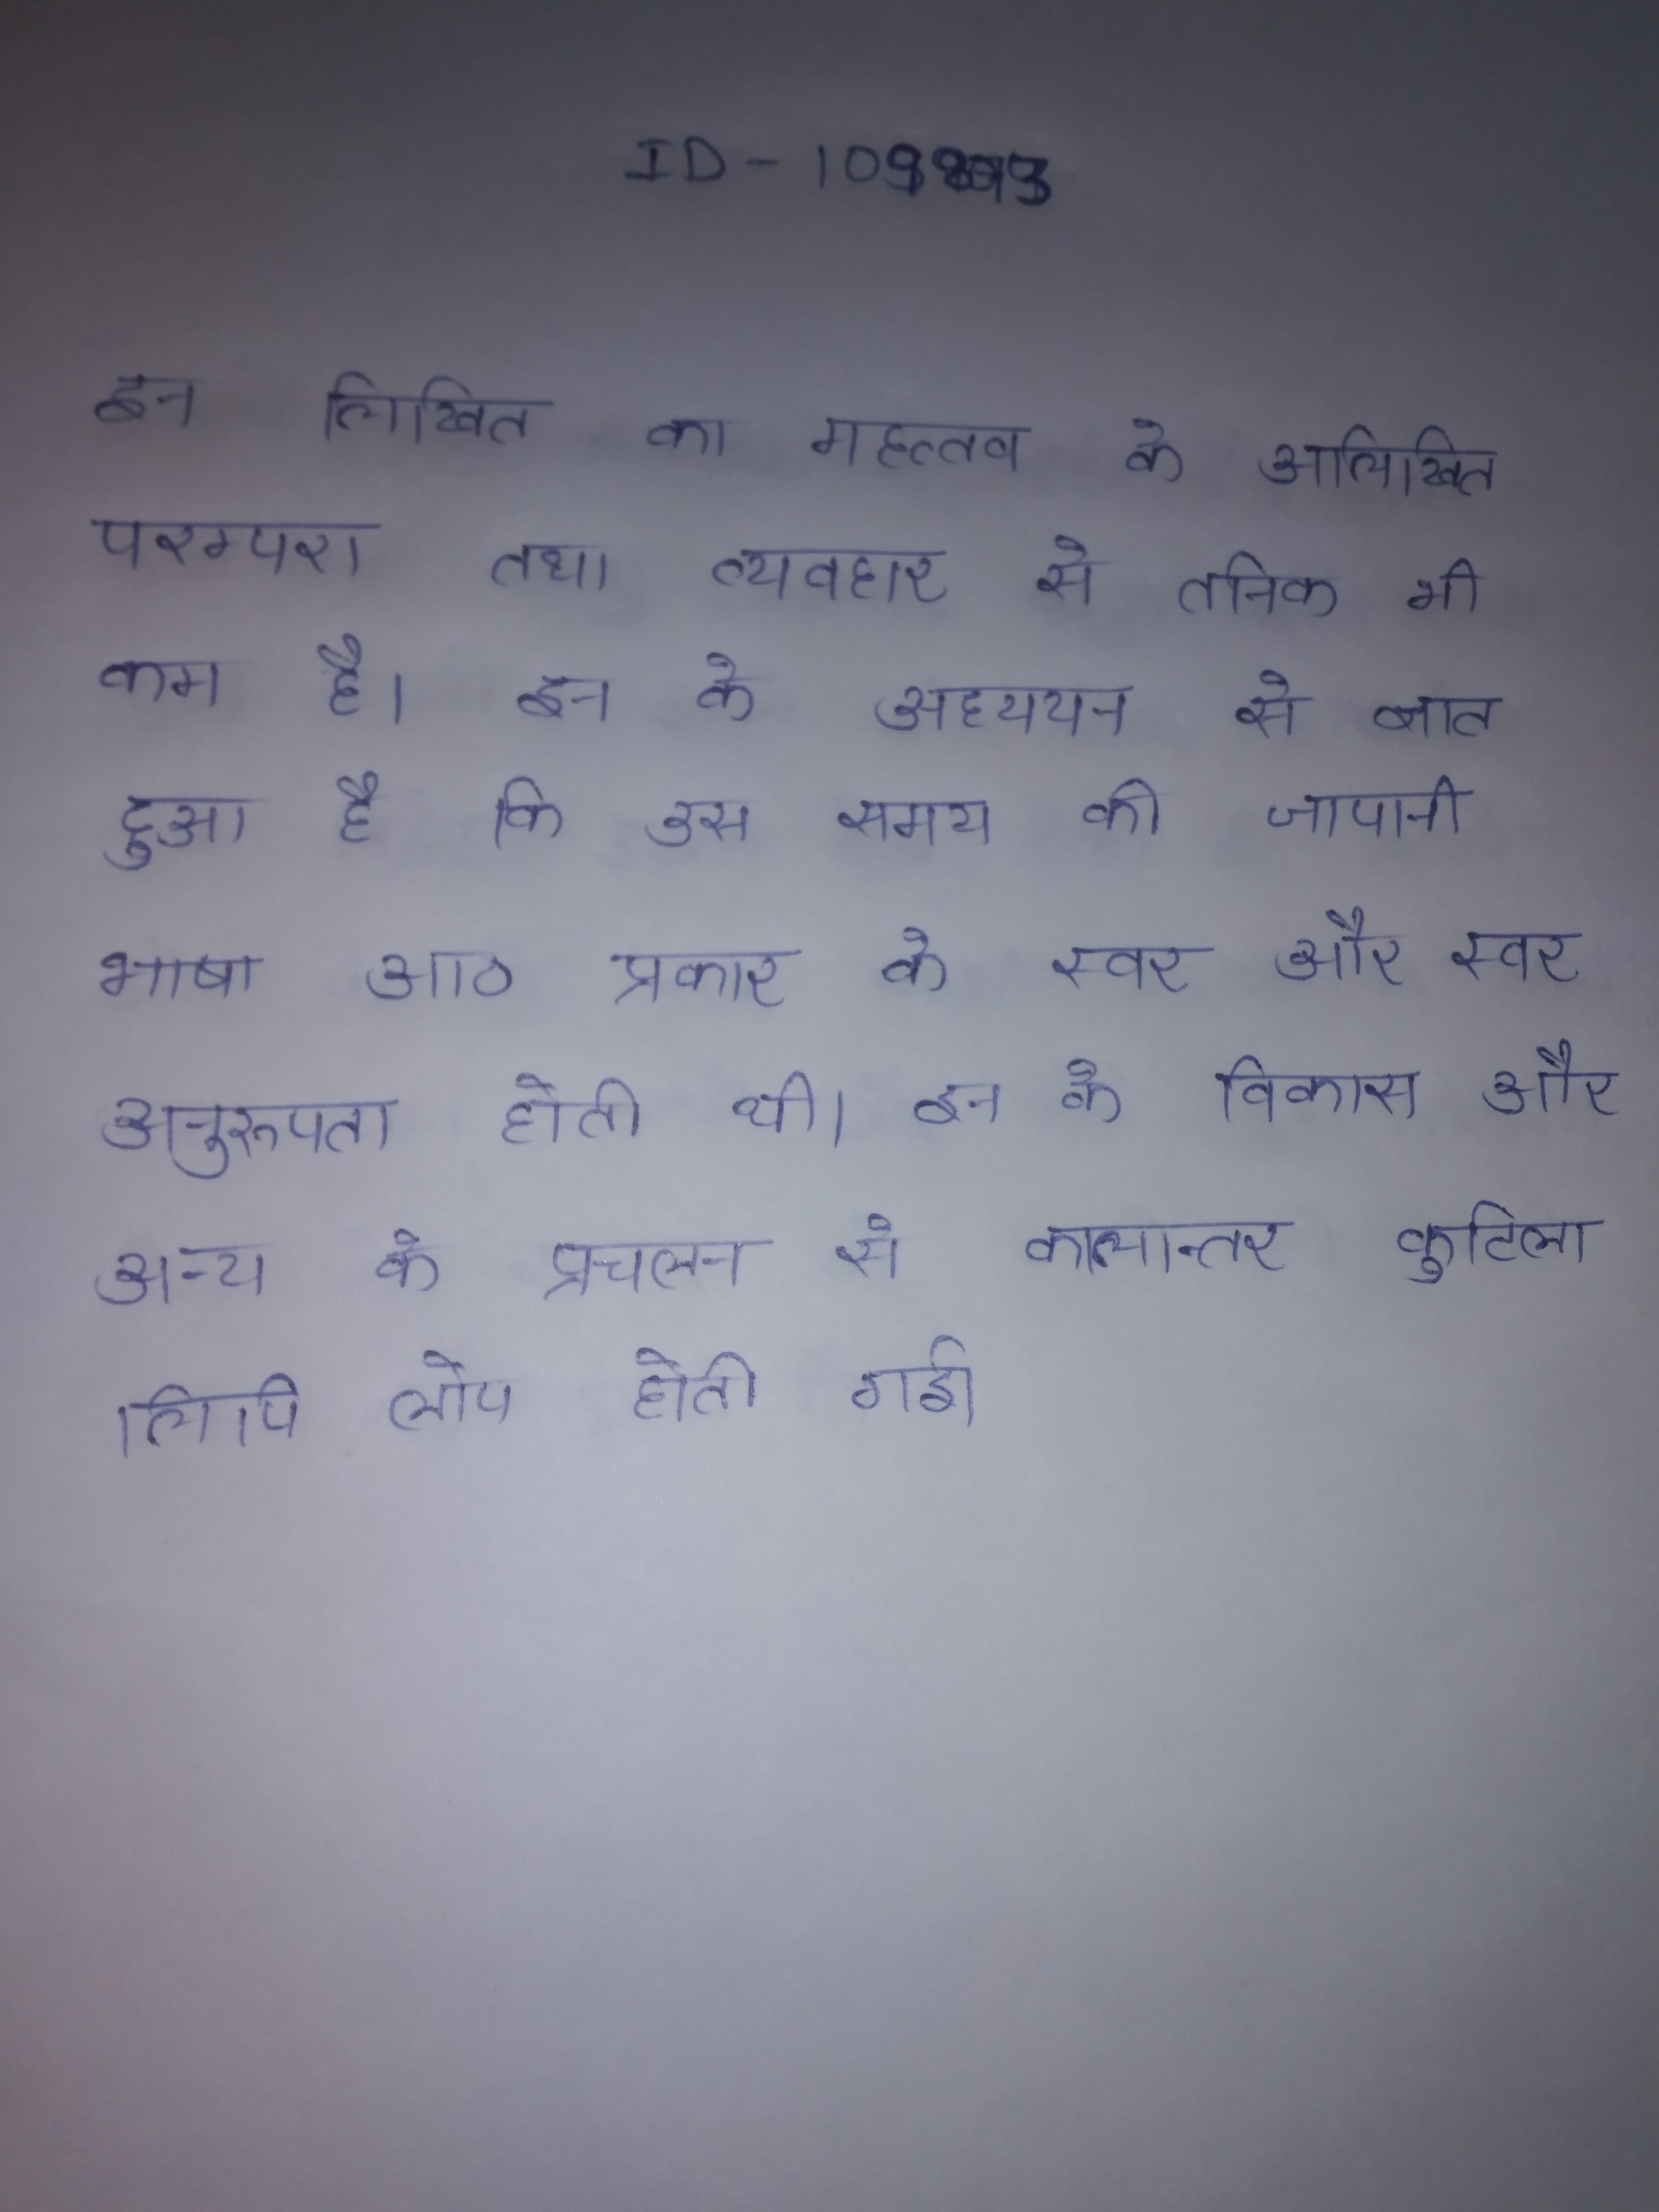
इन लिखित का महत्त्व के अलिखित परम्परा तथा व्यवहार से तनिक भी कम है । इन के अध्ययन से ज्ञात हुआ है कि उस समय की जापानी भाषा आठ प्रकार के स्वर और स्वर अनुरूपता होती थी । इन के विकास और अन्य के प्रचलन से कालान्तर कुटिला लिपि लोप होती गई ।